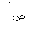
Letter: _sad